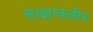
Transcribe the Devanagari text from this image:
काझाकबीर